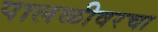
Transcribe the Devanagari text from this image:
पालळीवरचा